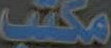
مكتب